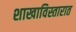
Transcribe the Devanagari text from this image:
शाखाविस्तारात